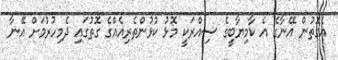
އެގޮތުން އޭނާގެ އެ ކާމިޔާބީގެ ސިއްރަކީ މޮޅު ކުޅުންތެރިއެއްގެ ގޮތުގައި ދެމިހުރުމަށް އޭނާ